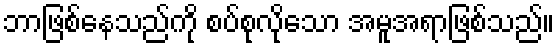
ဘာဖြစ်နေသည်ကို စပ်စုလိုသော အမူအရာဖြစ်သည်။